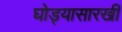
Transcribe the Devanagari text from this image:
घोड्यासारखी